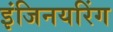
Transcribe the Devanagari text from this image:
इंजिनयरिंग